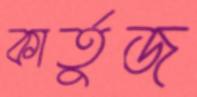
কার্তুজ